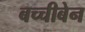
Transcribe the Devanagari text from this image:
बच्चीबेन